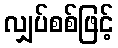
လျှပ်စစ်ဖြင့်